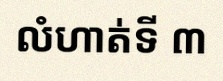
លំហាត់ទី ៣